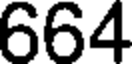
664